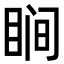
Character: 𬑗